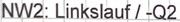
Text: NW2: Linkslauf / -Q2